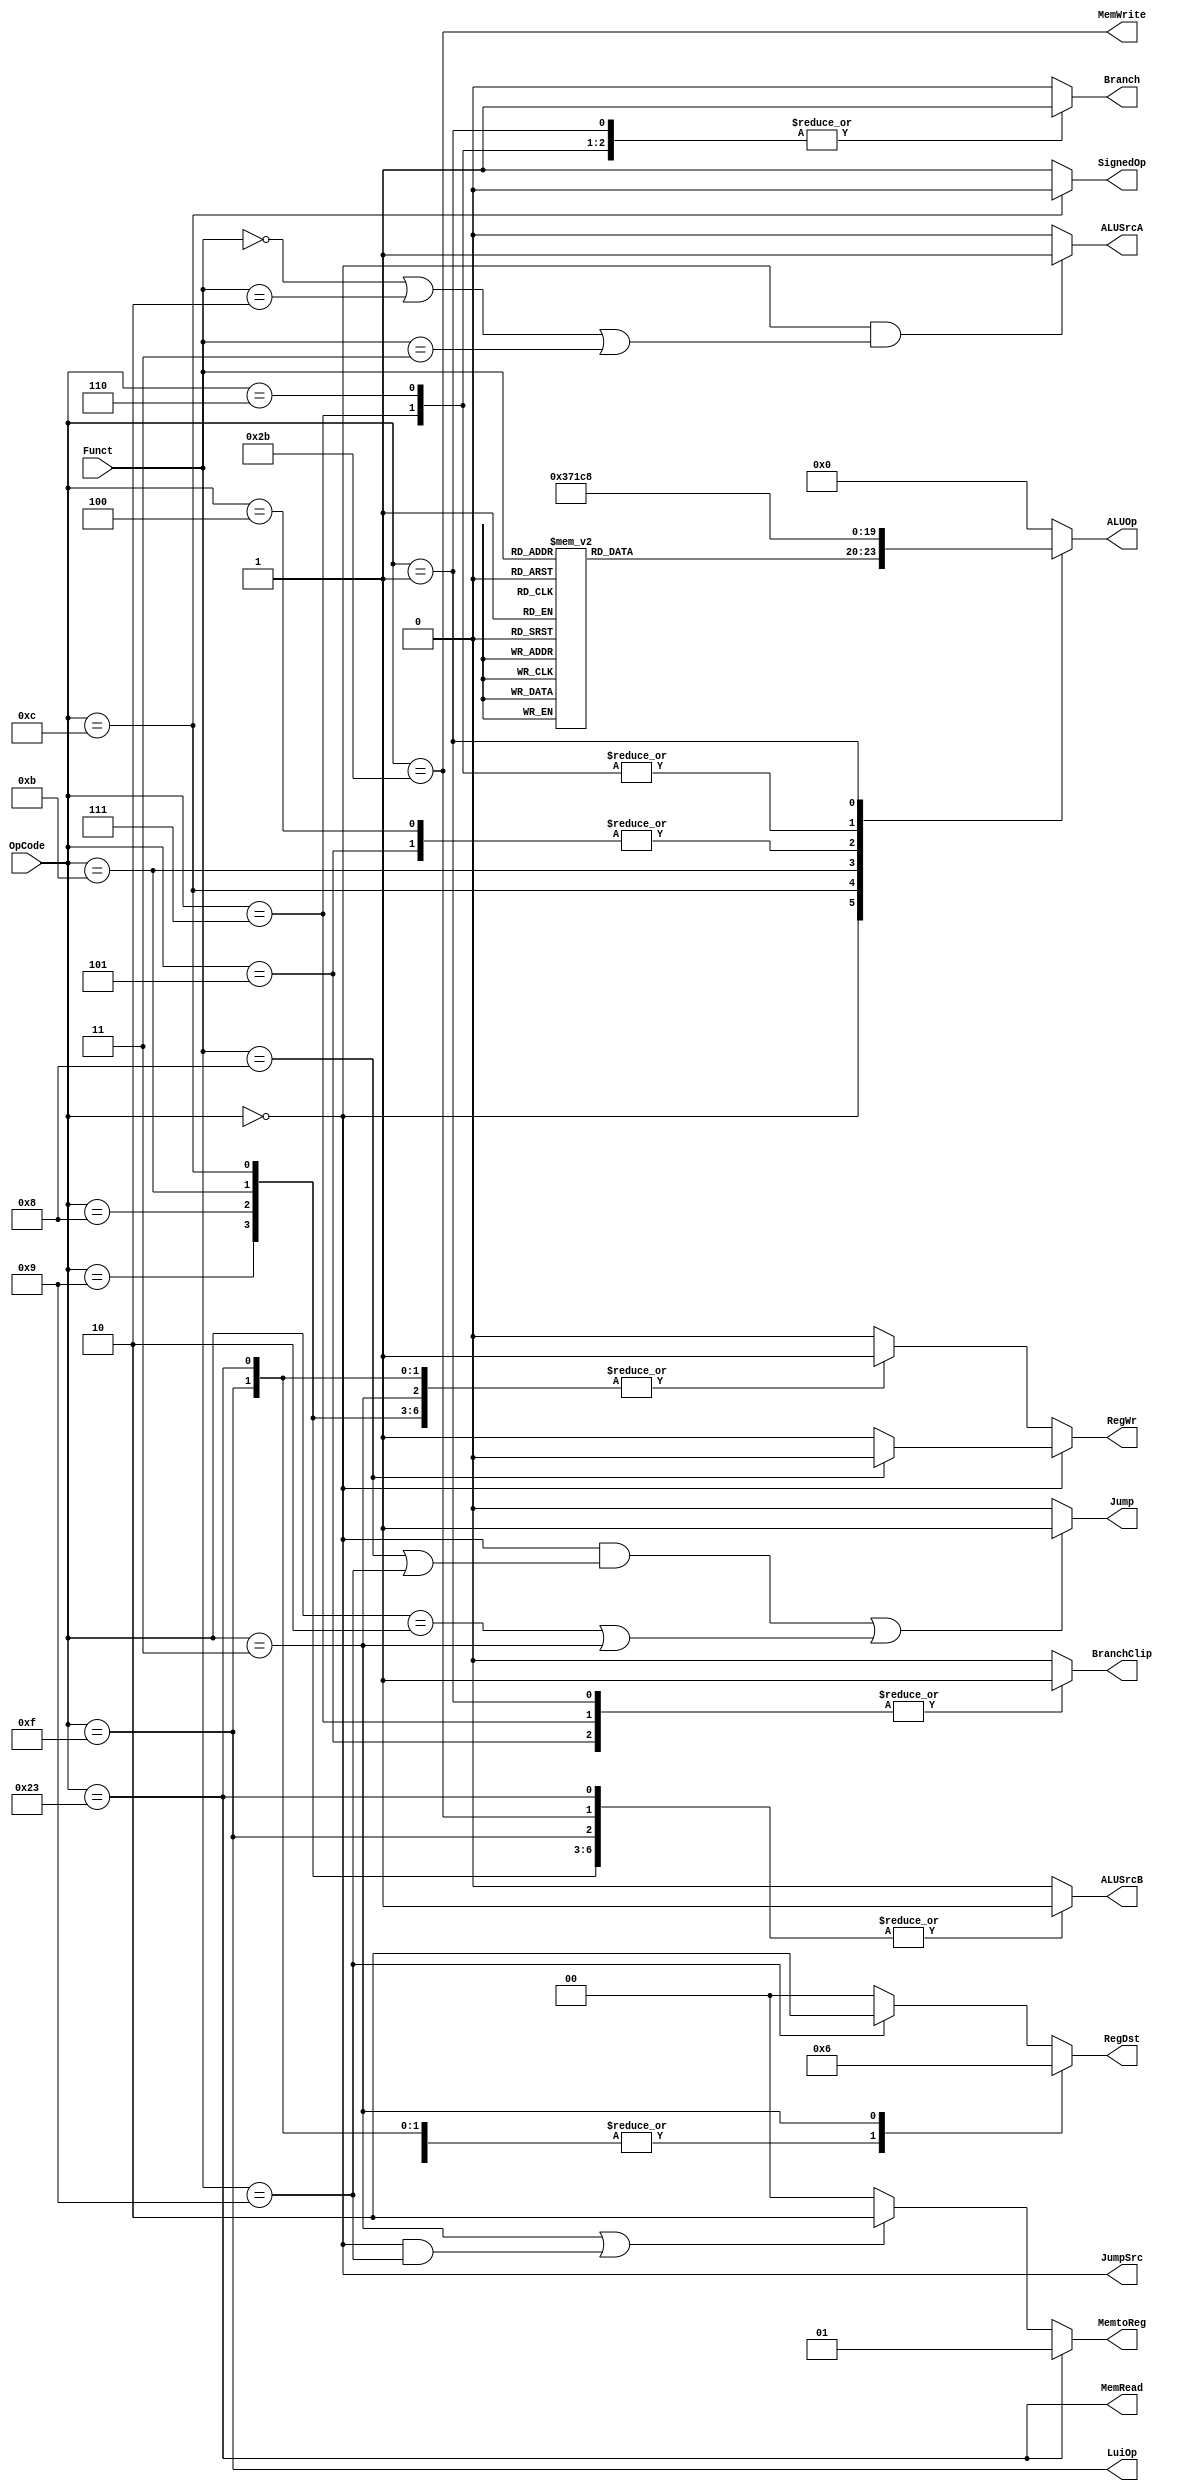
`timescale 1ns / 1ps
//////////////////////////////////////////////////////////////////////////////////
// Company: Tsinghua University
// 
// Design Name: PipelineCPU
// Module Name: Controller
// Project Name: PipelineCPU
// Target Devices: xc7a35tcpg236-1
// Tool Versions: Vivado 2017.3
// Description: Tranform the instruction to control signals.
// 
// Dependencies: None
// 
// Revision: None
// Revision 0.01 - File Created
// Additional Comments: None
// 
//////////////////////////////////////////////////////////////////////////////////


module Controller
(
    input wire [5:0] OpCode,
    input wire [5:0] Funct,
    output reg RegWr,
    output reg Branch,
    output reg BranchClip,
    output reg Jump,
    output reg MemRead,
    output reg MemWrite,
    output reg [1:0] MemtoReg,
    output reg JumpSrc,
    output reg ALUSrcA,
    output reg ALUSrcB,
    output reg [3:0] ALUOp,
    output reg [1:0] RegDst,
    output reg LuiOp,
    output reg SignedOp
);

always @(*) begin

    // RegWr
    if (OpCode == 0)begin
        if (Funct == 6'h08) begin   // jr
            RegWr <= 0;
        end
        else RegWr <= 1;
    end
    else begin
        case (OpCode)
        6'hf, 6'h08, 6'h09, 6'h0c, 6'h0b, 6'h23, 6'h03: RegWr <= 1;
        default: RegWr <= 0;
        endcase
    end

    // Brach and BranchClip
    case (OpCode)
    6'h04, 6'h06:      // beq, blez
    begin
        Branch <= 1;
        BranchClip <= 0;
    end
    6'h05, 6'h07, 6'h01:   // bne, bgtz, bltz
    begin
        Branch <= 1;
        BranchClip <= 1;
    end
    default:
    begin
        Branch <= 0;
        BranchClip <= 0;
    end
    endcase

    // Jump
    if ((OpCode == 0 && (Funct == 6'h08 || Funct == 6'h09))
        || (OpCode == 6'h02 || OpCode == 6'h03)) Jump <= 1;
    else Jump <= 0;

    // MemRead
    MemRead <= OpCode == 6'h23;

    // MemWrite
    MemWrite <= OpCode == 6'h2b;

    // MemtoReg: 00-ALUResult, 01-Data-Mem, 10-PC+4 
    if (OpCode == 6'h23) MemtoReg <= 2'b01; // lw
    else if (OpCode == 6'h03 || (OpCode == 0 && Funct == 6'h09)) // jal, jalr
        MemtoReg <= 2'b10;
    else MemtoReg <= 2'b00;

    // JumpSrc: 0-Imm, 1-reg1
    JumpSrc <= OpCode == 0;

    // ALUSrcA: 0-ReadData1, 1-Shamt
    if (OpCode == 0 &&
        (Funct == 6'h0 || Funct == 6'h02 || Funct == 6'h03)
        )
        ALUSrcA <= 1;
    else ALUSrcA <= 0;

    // ALUSrcB: 0-ReadData2, 1-imm
    case (OpCode)
    6'h0f, 6'h08, 6'h09, 6'h0c, 6'h0b, 6'h23, 6'h2b: ALUSrcB <= 1;
    default: ALUSrcB <= 0;
    endcase

    // RegDst: 00-rd, 01-rt, 10-%ra
    case (OpCode)
    6'h0f, 6'h08, 6'h09, 6'h0c, 6'h0b, 6'h23: RegDst <= 2'b01; // I and lw
    6'h03: RegDst <= 2'b10;    // jal
    default: begin
        if (Funct == 6'h09) RegDst <= 2'b10;
        else RegDst <= 2'b00;
    end
    endcase

    // LuiOp
    LuiOp <= (OpCode == 6'h0f);

    // SignedOp
    SignedOp <= (OpCode == 6'h0c ? 0 : 1);
end

// ALUOp

parameter add_op        = 4'h0;     // add
parameter sub_op        = 4'h1;     // sub
parameter and_op        = 4'h3;     // and
parameter or_op         = 4'h4;     // or
parameter xor_op        = 4'h5;     // xor
parameter nor_op        = 4'h6;     // nor
parameter u_cmp_op      = 4'h7;     // unsigned cmp
parameter s_cmp_op      = 4'h8;     // signed cmp
parameter sll_op        = 4'h9;     // sll
parameter srl_op        = 4'hA;     // srl
parameter sra_op        = 4'hB;     // sra
parameter gtz_op        = 4'hC;     // gtz, greater than zero

always @(*) begin
    case (OpCode)
    6'h0: begin
        case (Funct)
        6'h20, 6'h21: ALUOp <= add_op;
        6'h22, 6'h23: ALUOp <= sub_op;
        6'h24: ALUOp <= and_op;
        6'h25: ALUOp <= or_op;
        6'h26: ALUOp <= xor_op;
        6'h27: ALUOp <= nor_op;
        6'h2a: ALUOp <= s_cmp_op;
        6'h2b: ALUOp <= u_cmp_op;
        6'h00: ALUOp <= sll_op;
        6'h02: ALUOp <= srl_op;
        6'h03: ALUOp <= sra_op;
        default: ALUOp <= add_op;
        endcase
    end
    6'h0f, 6'h08, 6'h09, 6'h23, 6'h2b: ALUOp <= add_op;
    6'h0c: ALUOp <= and_op;
    6'h0b: ALUOp <= u_cmp_op;
    6'h04, 6'h05: ALUOp <= sub_op;
    6'h06, 6'h07: ALUOp <= gtz_op;
    6'h01: ALUOp <= s_cmp_op;
    default: ALUOp <= add_op;
    endcase
end

endmodule